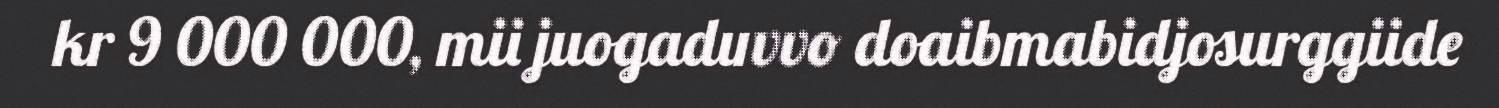
kr 9 000 000, mii juogaduvvo doaibmabidjosurggiide